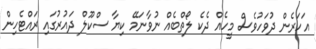
އަހަރެން ދުވަހުވެސް މީހެއް ދެކެ ލޯތްބެއް ނުވާނަމޭ ކިޔާ ސްކޫލް ދައުރުގައި ރައްޓެހިން